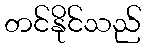
တင်နိုင်သည်